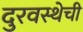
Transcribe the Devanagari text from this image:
दुरवस्थेची